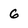
Character: 6